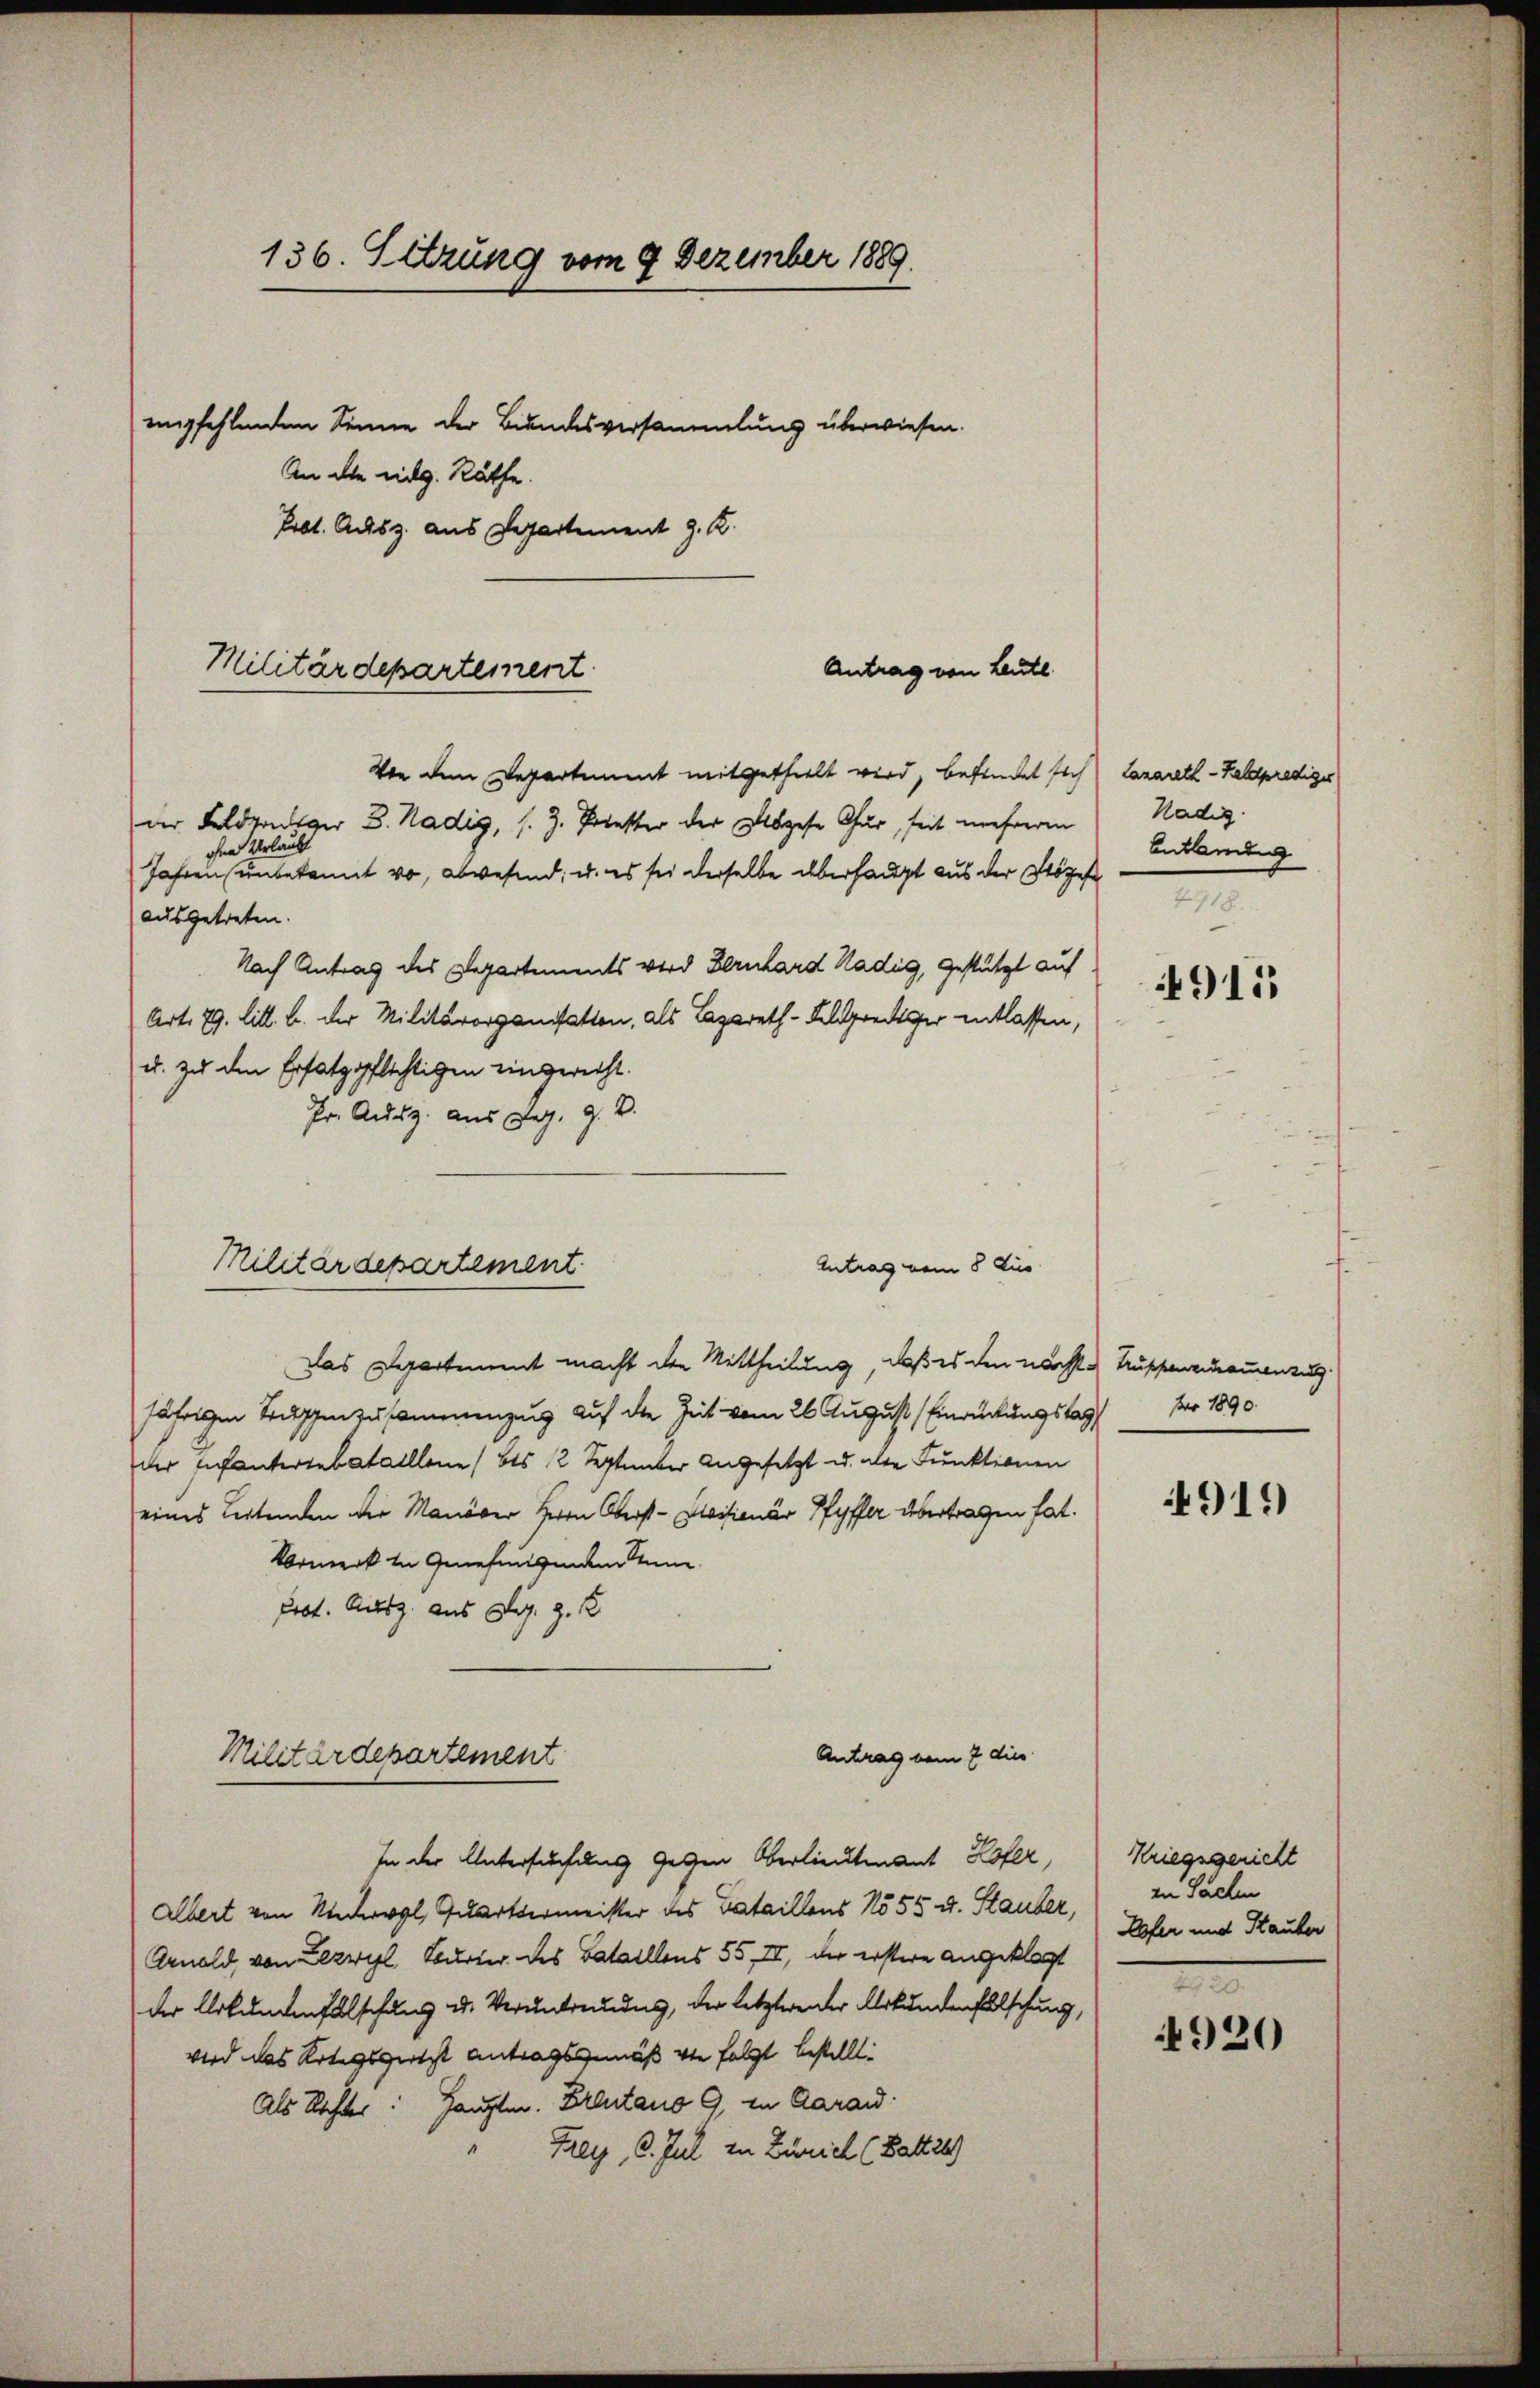
136. Sitzung vom 9. Dezember 1889.
empfehlenden Sinne der Bundesversammlung überwiesen.
An die eidg. Räthe.
Pct. Ausz. aus Departement J. R.

Militärdepartement

Antrag von Leute

Von dem Departement mitgethielt wird, befindet sich Lazareth-Feldprediges
der Feldprediger B. Nadig, s. Z. Priester der Abgese Chur, seit mehreren
ohne Urlaubt
Jahren unbekannt wo, abwesend, u. es sei derselbe überhaupt aus der Stözese
ausgetreten.
Nach Antrag des Departements wird Bernhard Kädig, gestützt auf
Art. 79. litt. b. der Militärorganstatten, als Lazareth-Feldprecher entlassen,
u. zu den Ersatzpflichtigen eingerecht.
Hr. Ausz. aus Dez. 9. d.
Das Departement macht der Mittheilung, daß es den nächste Truppeneinammenzug
jährigen Tage zusammenzug auf die Zeit vom 26. August Einrückungstag der 1890.
der Infantertebataillen (bis 12 September Angesetzt u. alte Funktionen
eines Leitenden der Manöver Herrn Oberst-Caisionär Pfyffer übertragen hat.
Vormerk in Genehmigenden Senne
Prot. Ausz. aus Aug. z. B
Antrag vom 7 dies
Militärdepartement
In der Untersuchung gegen Oberlieutenant Hofer,
Albert von Niedergl, Quartvermeister des Bataillons No 55 u. Stauber, zu Sachen
Arnold von Lezwyl Burter des Bataillens 55, II, der erstere angeklagt
der Urkundenfalschung u. Veruntreues, der letzterender Urkundenfalschung,
wird das Rotagssitzt antragsgemäß von folgt bestellt.
Als Richter: Hauptm. Freitano 9, in Aarau
Frey, C. Jul. in Zürich (Battet

Antrag vom 8. Jus
Militärdepartement

Kädig
Entland
2

4915

919)

Kriegsgericht
Pofer und Stauber

e
920